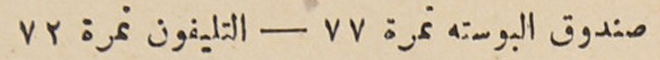
صندوق البوسته نمرة ٧٧ – التليفون نمرة ٧٢